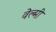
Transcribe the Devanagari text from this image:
वेल्मी